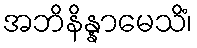
အဘိနိန္နာမေသိံ၊